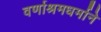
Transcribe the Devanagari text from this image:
वर्णाश्रमधर्माने